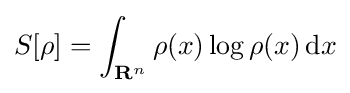
S[\rho ]=\int _{\mathbf {R} ^{n}}\rho (x)\log \rho (x)\,\mathrm {d} x